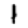
Digit: 1